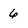
Character: 6